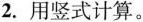
2. 用竖式计算。